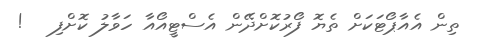
ތިން އެއާޕޯޓަކަށް ތެޔޮ ފޯރުކޮށްދޭން އެސްޓީއޯއާ ހަވާލު ކޮށްފި   !